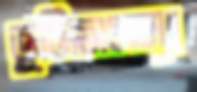
ভূমিসমস্যা